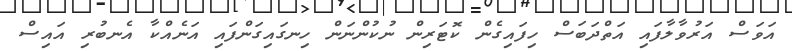
އަވަސް އަރުވާލާފައި އަތްދަބަސް ހިފައިގެން ކޮޓަރިން ނުކުންނަން ހިނގައިގަންފައި އަނެއްކާ އެނބުރި އައިސް